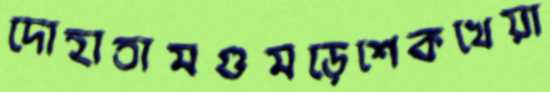
দোহাতামগুমড়েশেকখেয়া